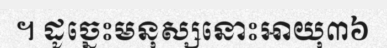
។ ដូច្នេះមនុស្សនោះអាយុ៣៦